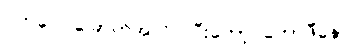
ဝက်ပေါင်ခြောက်အလိပ်၊ပြီးတော့ ကော်ဖီနော်။